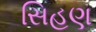
સિહણ